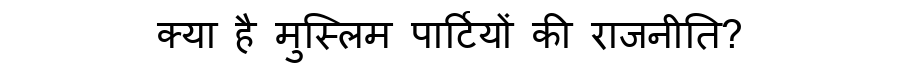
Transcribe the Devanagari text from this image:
क्या है मुस्लिम पार्टियों की राजनीति?